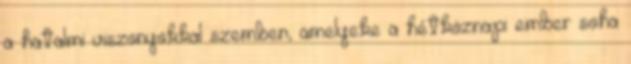
a hatalmi viszonyokkal szemben, amelyeke a hétköznapi ember soha